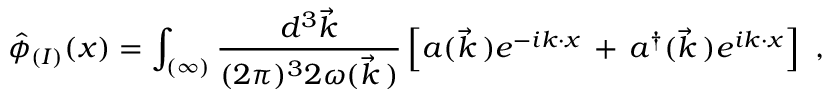
\hat { \phi } _ { ( I ) } ( x ) = \int _ { ( \infty ) } \frac { d ^ { 3 } \vec { k } } { ( 2 \pi ) ^ { 3 } 2 \omega ( \vec { k } \, ) } \left[ a ( \vec { k } \, ) e ^ { - i k \cdot x } \, + \, a ^ { \dagger } ( \vec { k } \, ) e ^ { i k \cdot x } \right] \ ,